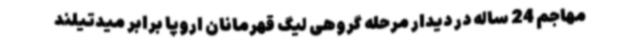
مهاجم 24 ساله در دیدار مرحله گروهی لیگ قهرمانان اروپا برابر میدتیلند